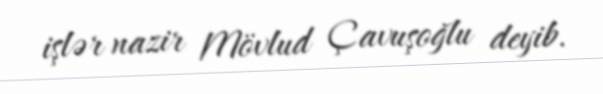
işlər nazir Mövlud Çavuşoğlu deyib.